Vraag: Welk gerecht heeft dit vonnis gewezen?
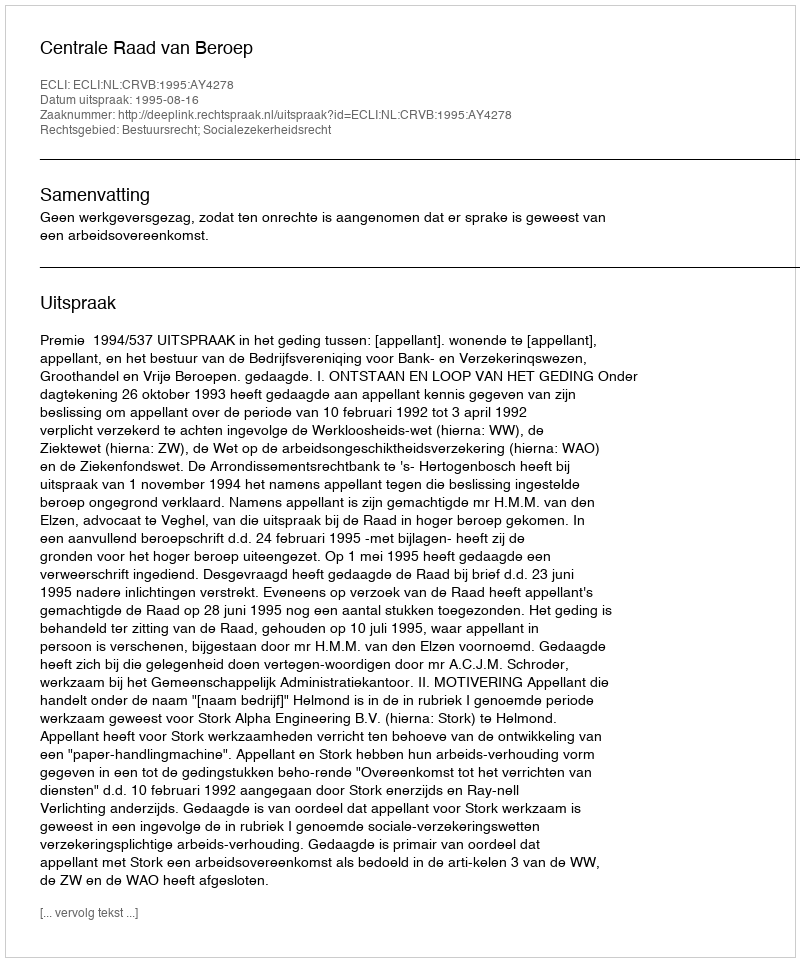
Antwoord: Centrale Raad van Beroep